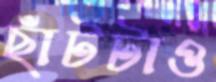
ছাঁটটাও